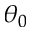
\theta _ { 0 }